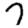
Digit: 7